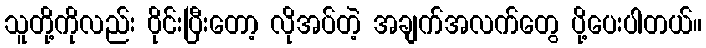
သူတို့ကိုလည်း ၀ိုင်းပြီးတော့ လိုအပ်တဲ့ အချက်အလက်တွေ ပို့ပေးပါတယ်။